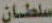
سلطان